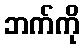
ဘက်ကို